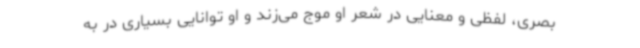
بصری، لفظی و معنایی در شعر او موج می‌زند و او توانایی بسیاری در به